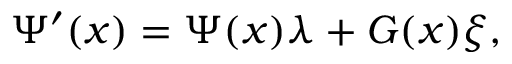
\Psi ^ { \prime } ( x ) = \Psi ( x ) \lambda + G ( x ) \xi ,